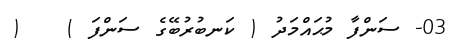
03- ސަންފާ މުޙައްމަދު ( ކަނބުރުބޭގެ ސަންފަ )   (